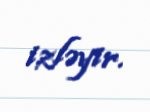
izləyir.